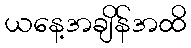
ယနေ့အချိန်အထိ